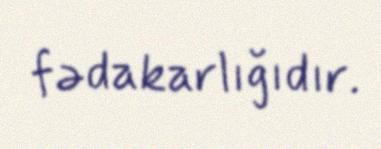
fədakarlığıdır.